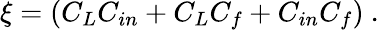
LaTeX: \xi=(C_{L}C_{in}+C_{L}C_{f}+C_{in}C_{f})~.